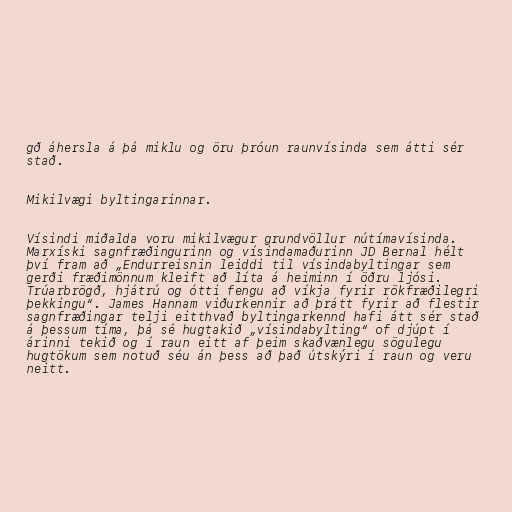
gð áhersla á þá miklu og öru þróun raunvísinda sem átti sér
stað.

Mikilvægi byltingarinnar.

Vísindi miðalda voru mikilvægur grundvöllur nútímavísinda.
Marxíski sagnfræðingurinn og vísindamaðurinn JD Bernal hélt
því fram að „Endurreisnin leiddi til vísindabyltingar sem
gerði fræðimönnum kleift að líta á heiminn í öðru ljósi.
Trúarbrögð, hjátrú og ótti fengu að víkja fyrir rökfræðilegri
þekkingu“. James Hannam viðurkennir að þrátt fyrir að flestir
sagnfræðingar telji eitthvað byltingarkennd hafi átt sér stað
á þessum tíma, þá sé hugtakið „vísindabylting“ of djúpt í
árinni tekið og í raun eitt af þeim skaðvænlegu sögulegu
hugtökum sem notuð séu án þess að það útskýri í raun og veru
neitt.